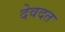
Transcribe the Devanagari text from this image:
देवदत